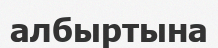
албыртына